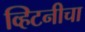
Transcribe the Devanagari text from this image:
व्हिटनीचा